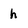
Character: h